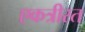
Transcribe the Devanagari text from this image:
एकत्रीरत